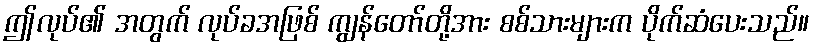
ဤလုပ်၏ အတွက် လုပ်ခအဖြစ် ကျွန်တော်တို့အား စစ်သားများက ပိုက်ဆံပေးသည်။